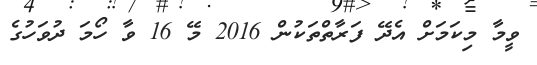
ވީމާ މިކަމަށް އެދޭ ފަރާތްތަކުން 2016 މޭ 16 ވާ ހޯމަ ދުވަހުގެ